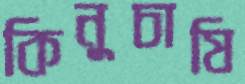
কিনুচাষি